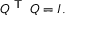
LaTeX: Q ^ { \textsf { T } } \, Q = I .